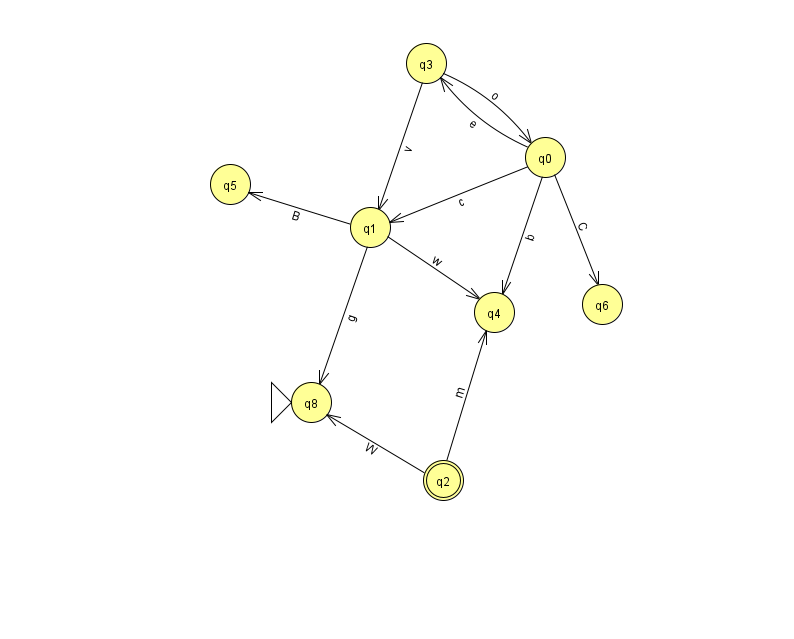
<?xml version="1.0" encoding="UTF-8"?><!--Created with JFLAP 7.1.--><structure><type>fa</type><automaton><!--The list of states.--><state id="0" name="q0"><x>545.0</x><y>144.0</y></state><state id="1" name="q1"><x>370.0</x><y>214.0</y></state><state id="2" name="q2"><x>443.0</x><y>467.0</y><final/></state><state id="3" name="q3"><x>426.0</x><y>50.0</y></state><state id="4" name="q4"><x>494.0</x><y>299.0</y></state><state id="5" name="q5"><x>230.0</x><y>171.0</y></state><state id="6" name="q6"><x>602.0</x><y>291.0</y></state><state id="8" name="q8"><x>311.0</x><y>389.0</y><initial/></state><!--The list of transitions.--><transition><from>0</from><to>3</to><read>e</read></transition><transition><from>1</from><to>5</to><read>B</read></transition><transition><from>0</from><to>6</to><read>C</read></transition><transition><from>3</from><to>1</to><read>v</read></transition><transition><from>0</from><to>1</to><read>c</read></transition><transition><from>1</from><to>8</to><read>g</read></transition><transition><from>3</from><to>0</to><read>o</read></transition><transition><from>2</from><to>4</to><read>m</read></transition><transition><from>2</from><to>8</to><read>W</read></transition><transition><from>0</from><to>4</to><read>b</read></transition><transition><from>1</from><to>4</to><read>w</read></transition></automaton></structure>